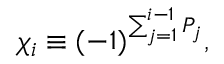
\chi _ { i } \equiv ( - 1 ) ^ { \sum _ { j = 1 } ^ { i - 1 } P _ { j } } ,